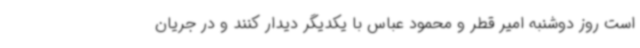
است روز دوشنبه امیر قطر و محمود عباس با یکدیگر دیدار کنند و در جریان